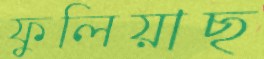
ফুলিয়াছ